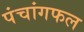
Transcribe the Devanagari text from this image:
पंचांगफल